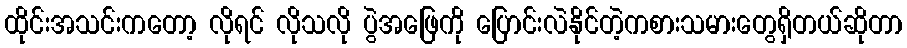
ထိုင်းအသင်းကတော့ လိုရင် လိုသလို ပွဲအဖြေကို ပြောင်းလဲနိုင်တဲ့ကစားသမားတွေရှိတယ်ဆိုတာ